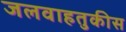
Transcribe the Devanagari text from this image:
जलवाहतुकीस